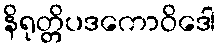
နိရုတ္တိပဒကောဝိဒေါ